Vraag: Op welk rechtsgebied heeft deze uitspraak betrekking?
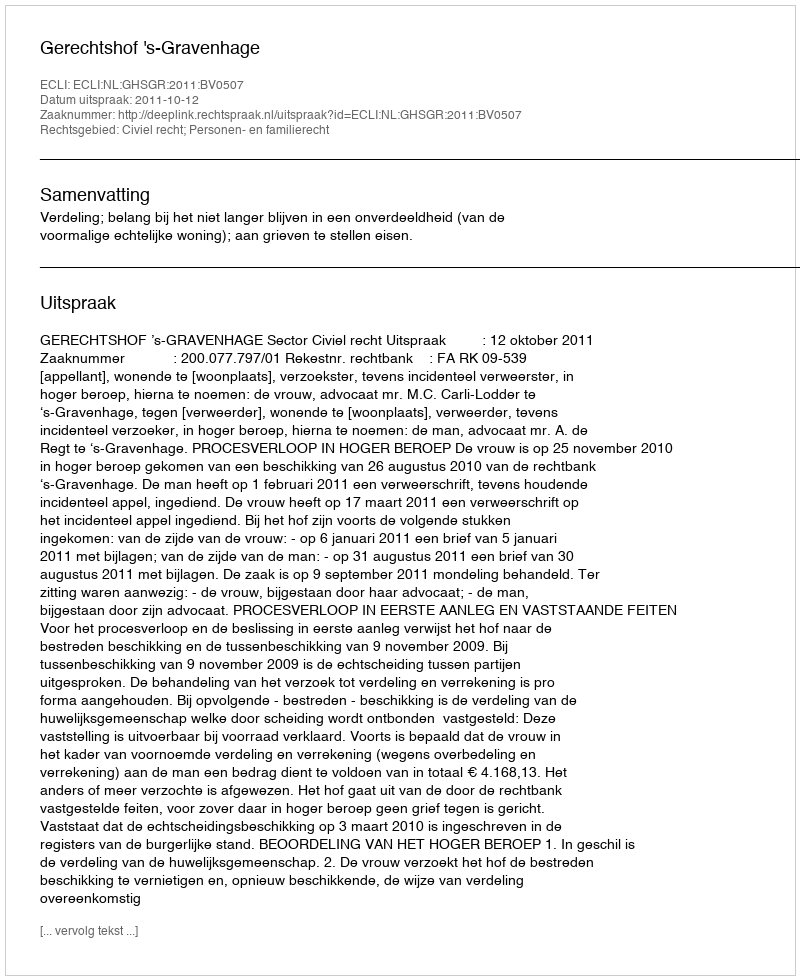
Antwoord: Civiel recht; Personen- en familierecht